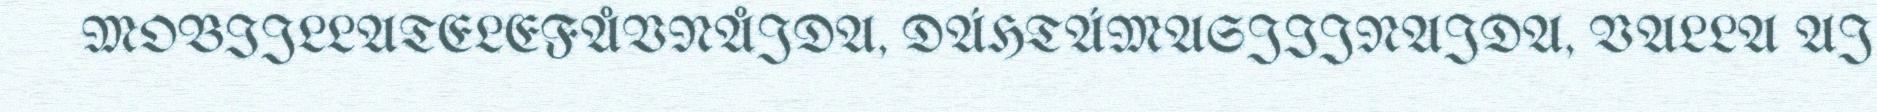
MOBIJLLATELEFÅVNÅJDA, DÁHTÁMASJIJNAJDA, VALLA AJ